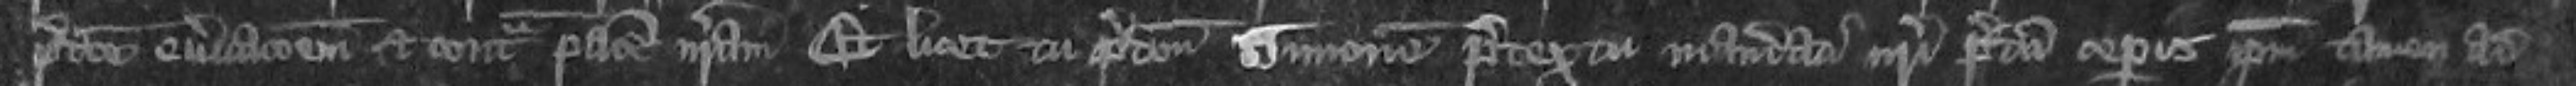
predicte enervationem et contra pacem nostram Et licet cum predictum Simonem pretextu mandati nostri predicti ceperis ipsum tamen ad